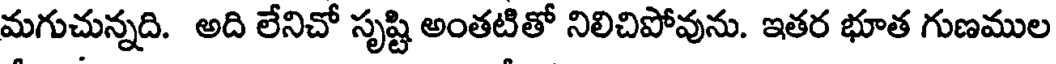
మగుచున్నది. అది లేనిచో సృష్టి అంతటితో నిలిచిపోవును. ఇతర భూత గుణముల